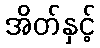
အိတ်နှင့်